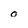
Character: 0